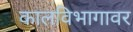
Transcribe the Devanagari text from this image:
कालविभागावर